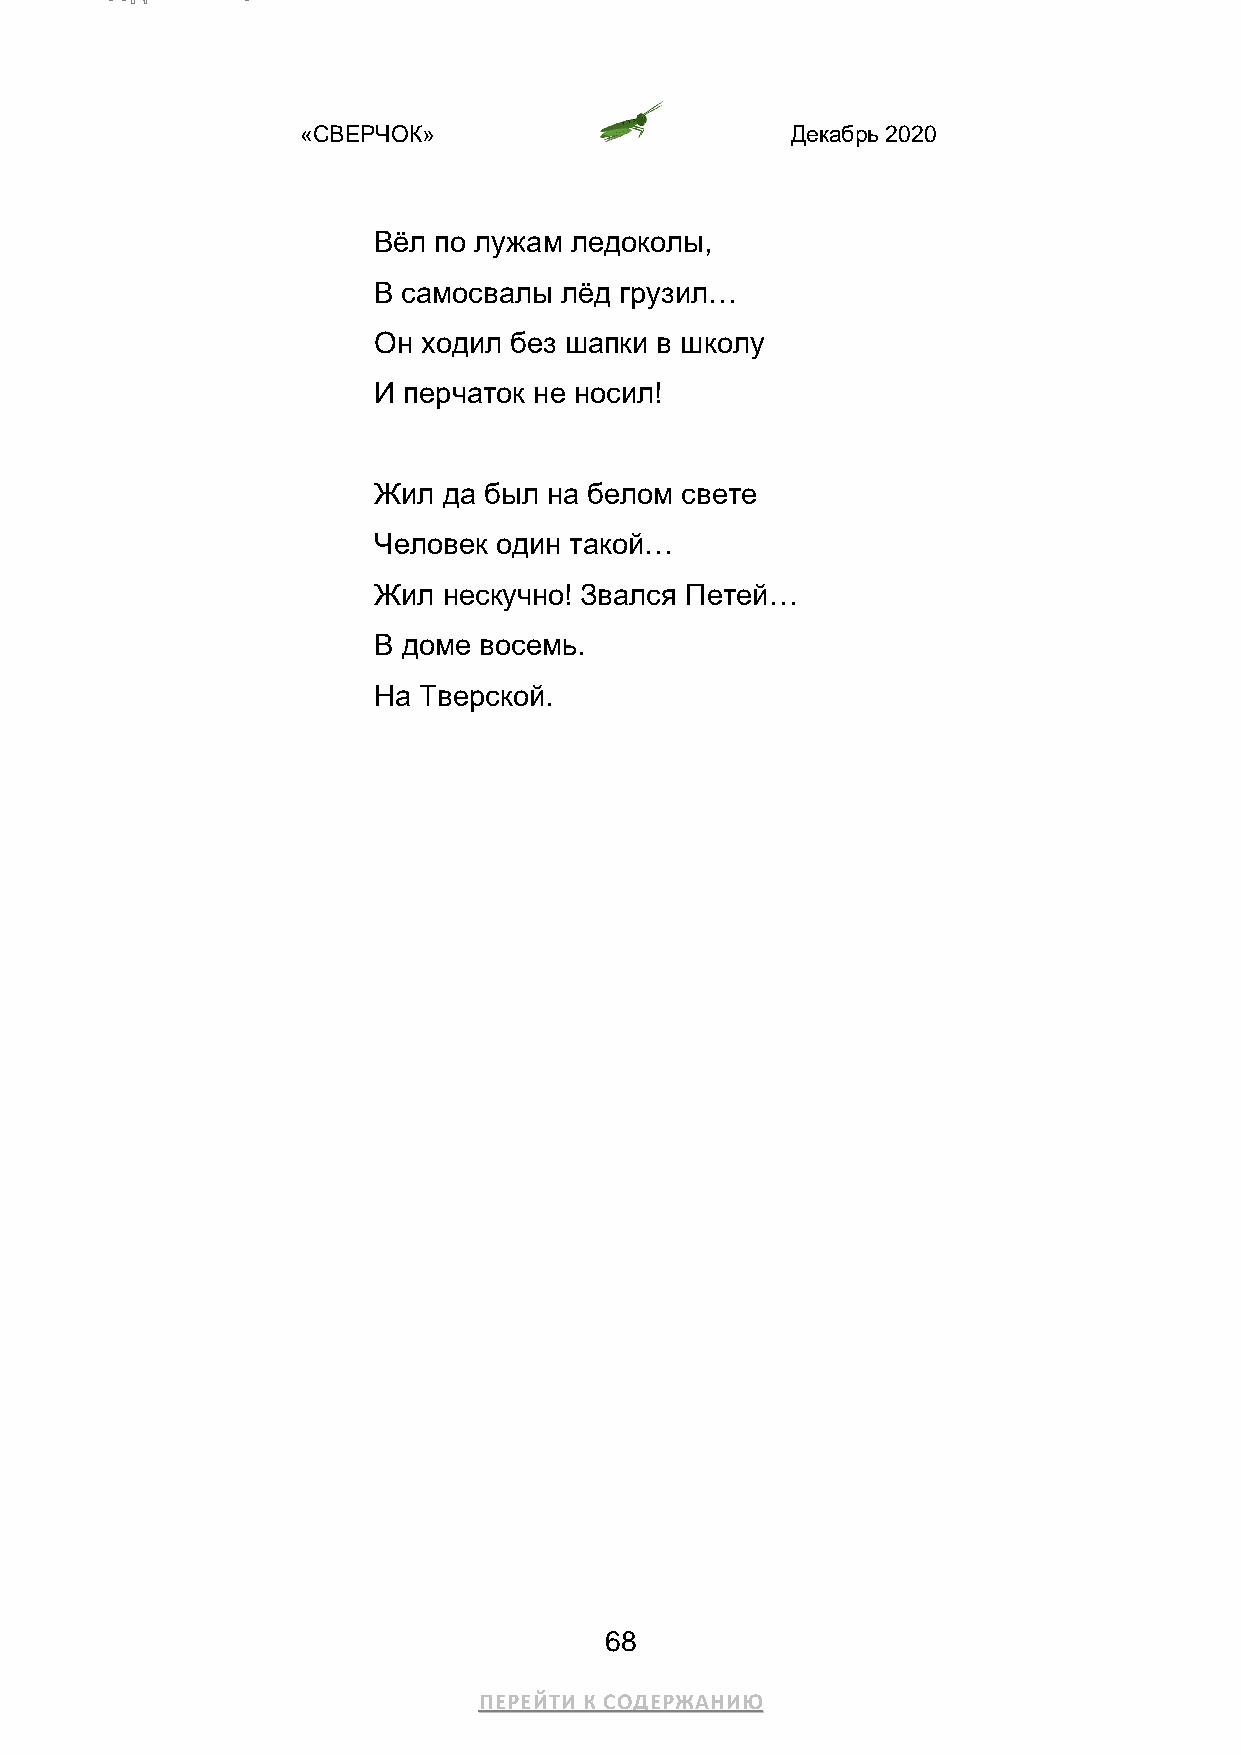
«СВЕРЧОК»                       Декабрь 2020
 Вёл по лужам ледоколы,
 В самосвалы лёд грузил…
 Он ходил без шапки в школу
 И перчаток не носил!
 Жил да был на белом свете
 Человек один такой…
 Жил нескучно! Звался Петей…
 В доме восемь.
 На Тверской.
 68
 ПЕРЕЙТИ К СОДЕРЖАНИЮ